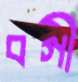
বগী